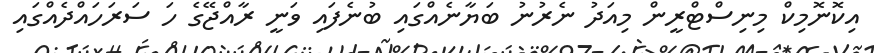
އިކޮނޮމިކް މިނިސްޓްރީން މިއަދު ނެރުނު ބަޔާނެއްގައި ބުނެފައި ވަނީ ރާއްޖޭގެ ހަ ސަރަހައްދެއްގައި